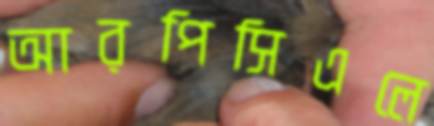
আরপিসিএলে